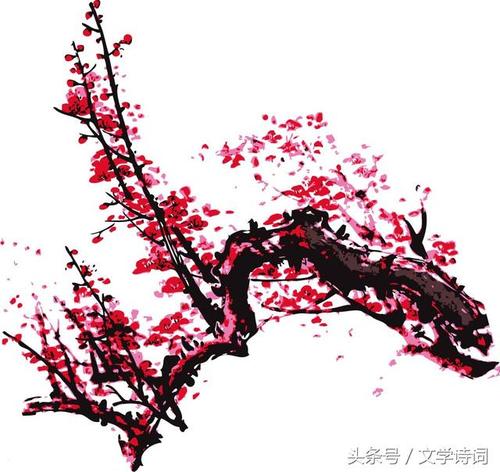
巫峡啼猿数行泪，衡阳归雁几封书。